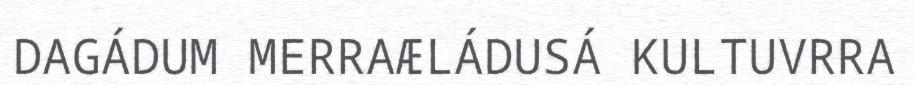
DAGÁDUM MERRAÆLÁDUSÁ KULTUVRRA